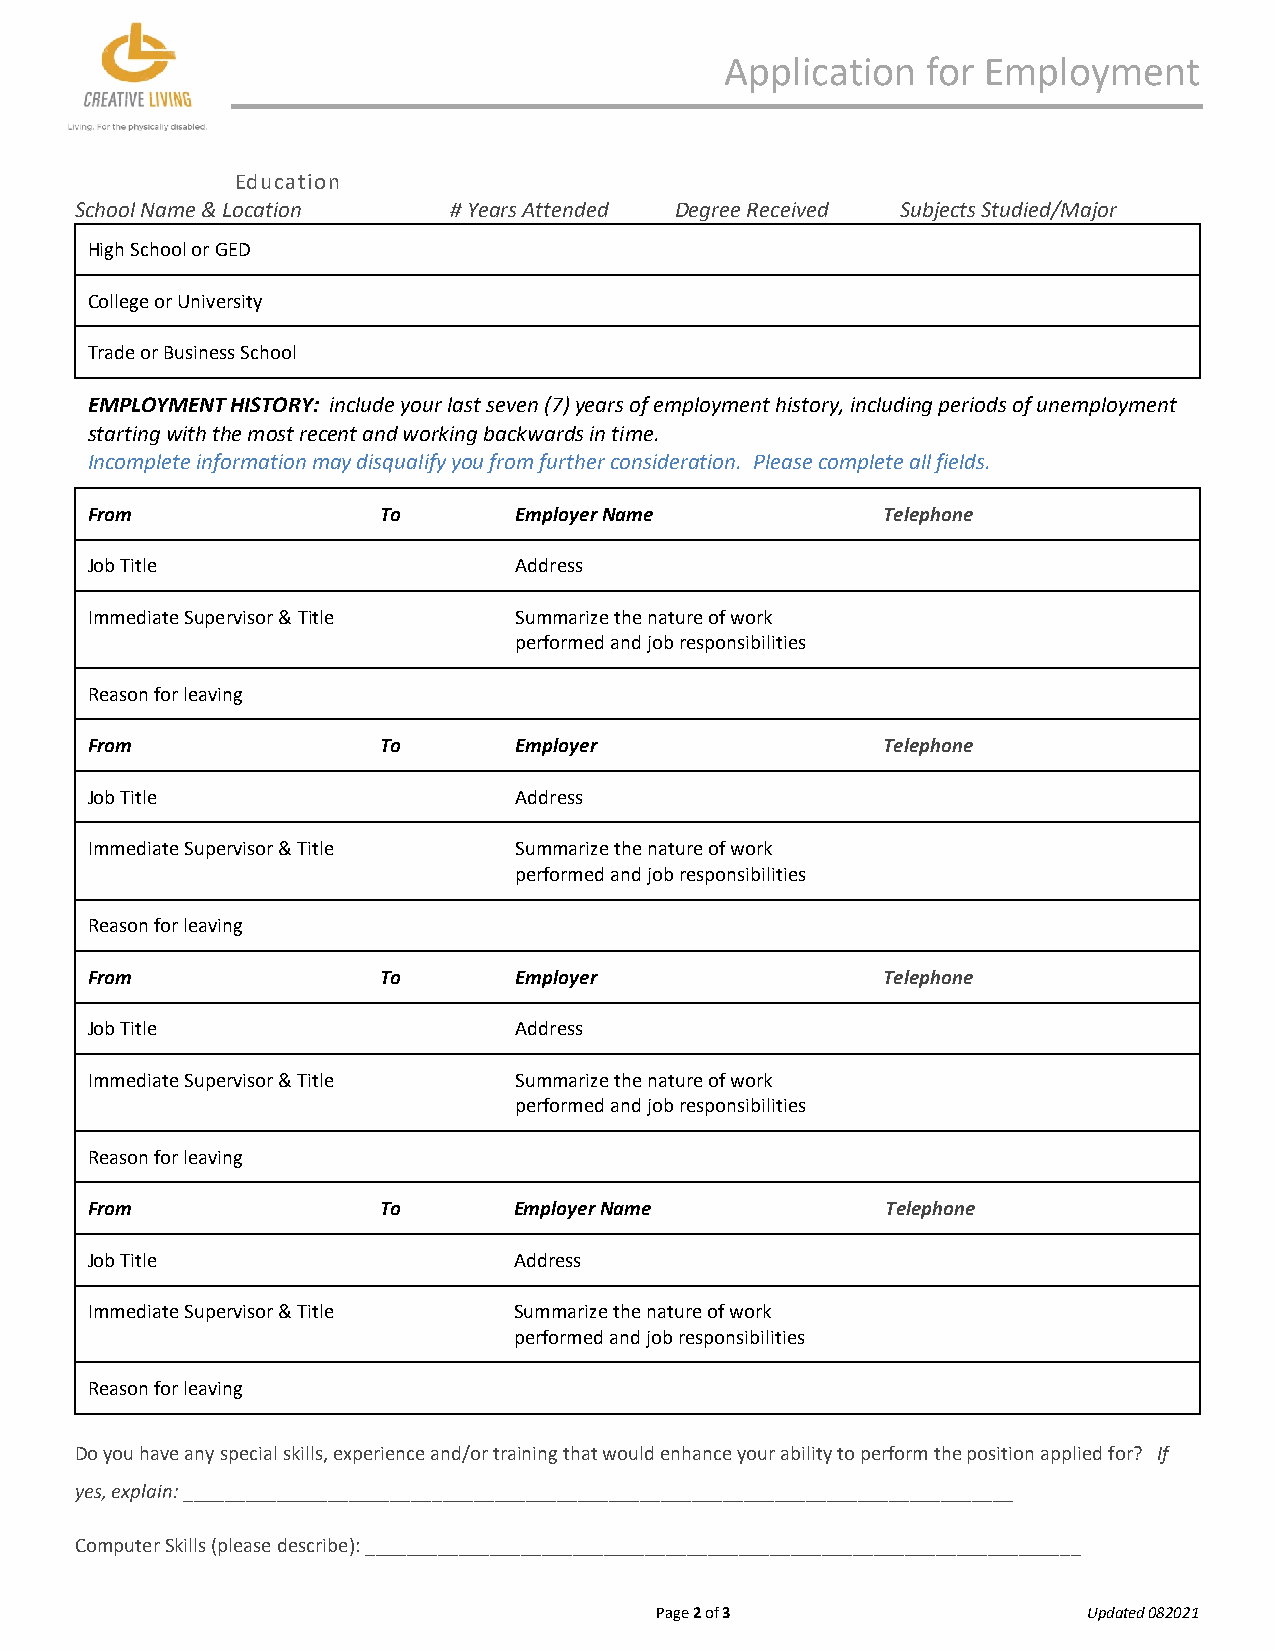
Application  for Employment
 Education
 School Name & Location   # Years Attended Degree Received Subjects Studied/Major
 High School or GED
 College or University
 Trade or Business School
 EMPLOYMENT HISTORY: include your last seven (7) years of employment history, including periods of unemployment
 starting with the most recent and working backwards in time.
 Incomplete information may disqualify you from further consideration. Please complete all fields.
 From               To       Employer Name           Telephone
 Job Title                   Address
 Immediate Supervisor & Title Summarize the nature of work
 performed and job responsibilities
 Reason for leaving
 From               To       Employer                Telephone
 Job Title                   Address
 Immediate Supervisor & Title Summarize the nature of work
 performed and job responsibilities
 Reason for leaving
 From               To       Employer                Telephone
 Job Title                   Address
 Immediate Supervisor & Title Summarize the nature of work
 performed and job responsibilities
 Reason for leaving
 From               To       Employer Name            Telephone
 Job Title                   Address
 Immediate Supervisor & Title Summarize the nature of work
 performed and job responsibilities
 Reason for leaving
 Do you have any special skills, experience and/or training that would enhance your ability to perform the position applied for? If
 yes, explain: ________________________________________________________________________________
 Computer Skills (please describe): _____________________________________________________________________
 Page 2 of 3                  Updated 082021